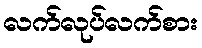
လက်လုပ်လက်စား